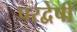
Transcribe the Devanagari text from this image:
परद्वेषी